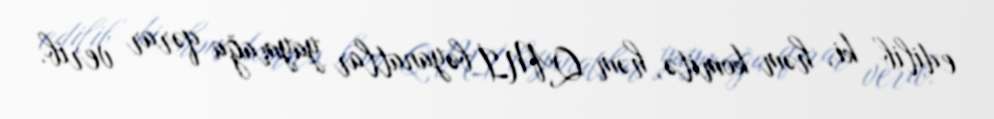
edilib ki, həm komitə, həm QMİ bəyanatlar yaymağa qərar verib.